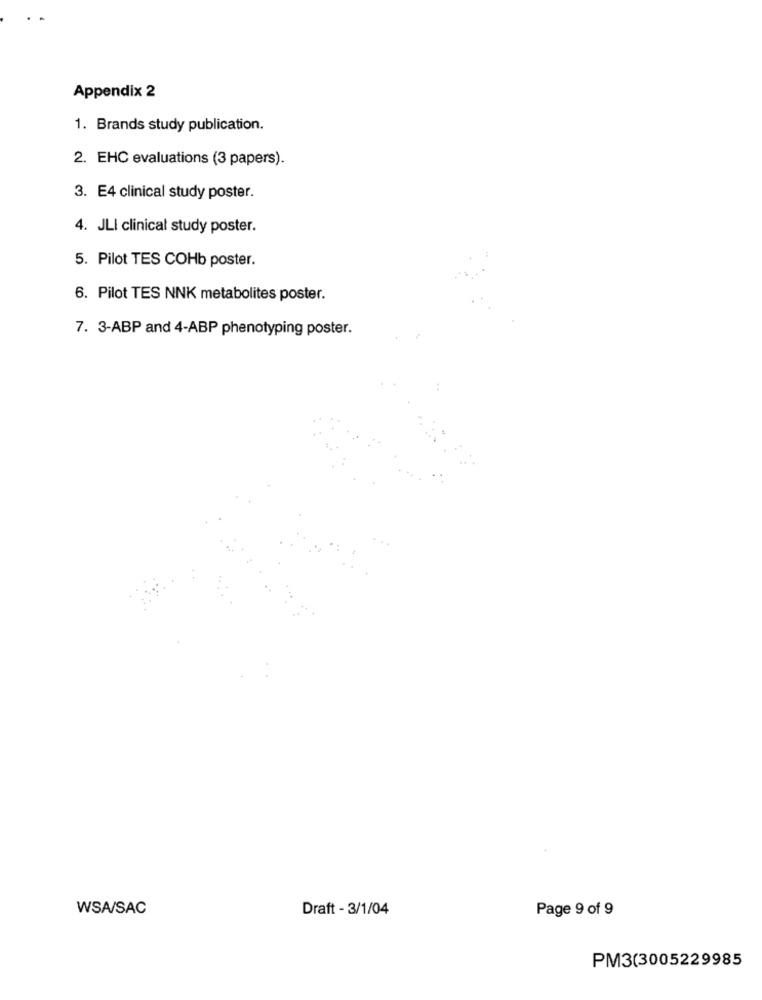
Appendix 2
1. Brands study publication.
2. EHC evaluations (3 papers).
3. E4 clinical study poster.
4. JLI clinical study poster.
5. Pilot TES COHb poster.
6. Pilot TES NNK metabolites poster.
7. 3-ABP and 4-ABP phenotyping poster.
WSA/SAC
Draft - 3/1/04
Page 9 of 9
PM3(3005229985